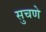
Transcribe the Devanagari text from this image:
सुचणे